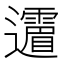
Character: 𲆈